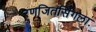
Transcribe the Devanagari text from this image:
रणजितसिंगला